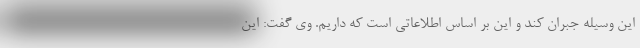
این وسیله جبران کند و این بر اساس اطلاعاتی است که داریم. وی گفت: این